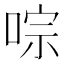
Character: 𠵻